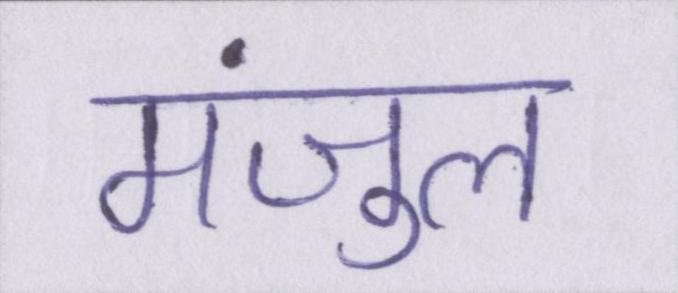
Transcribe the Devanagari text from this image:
मंजुल